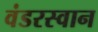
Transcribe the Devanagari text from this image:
वंडरस्वान